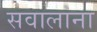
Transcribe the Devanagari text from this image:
सवालांना